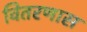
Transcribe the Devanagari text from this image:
वितरणास